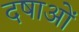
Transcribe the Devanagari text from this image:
दषाओं